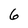
Character: 6